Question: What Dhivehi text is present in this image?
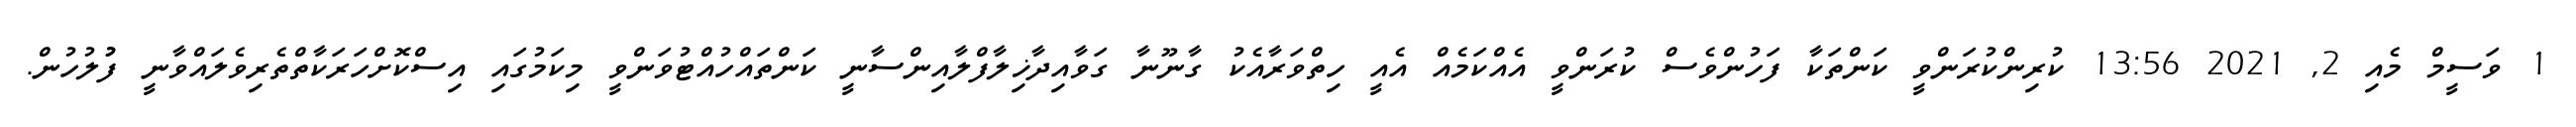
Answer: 1 ވަސީމް މެއި 2, 2021 13:56 ކުރިންކުރަންވީ ކަންތަކާ ފަހުންވެސް ކުރަންވީ އެއްކަމެއް އެއީ ހިތްވަރާއެކު ގާނޫނާ ގަވާއިދާޚިލާފްލާއިންސާނީ ކަންތައްހުއްޓުވަންވީ މިކަމުގައި އިސްކޮށްހަރަކާތްތެރިވެލައްވާނީ ފުުލުހުން.